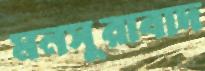
মনসুরাবাদ